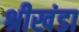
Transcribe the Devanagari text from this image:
श्रीखंडा